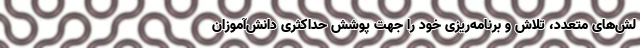
لش‌های متعدد، تلاش و برنامه‌ریزی خود را جهت پوشش حداکثری دانش‌آموزان